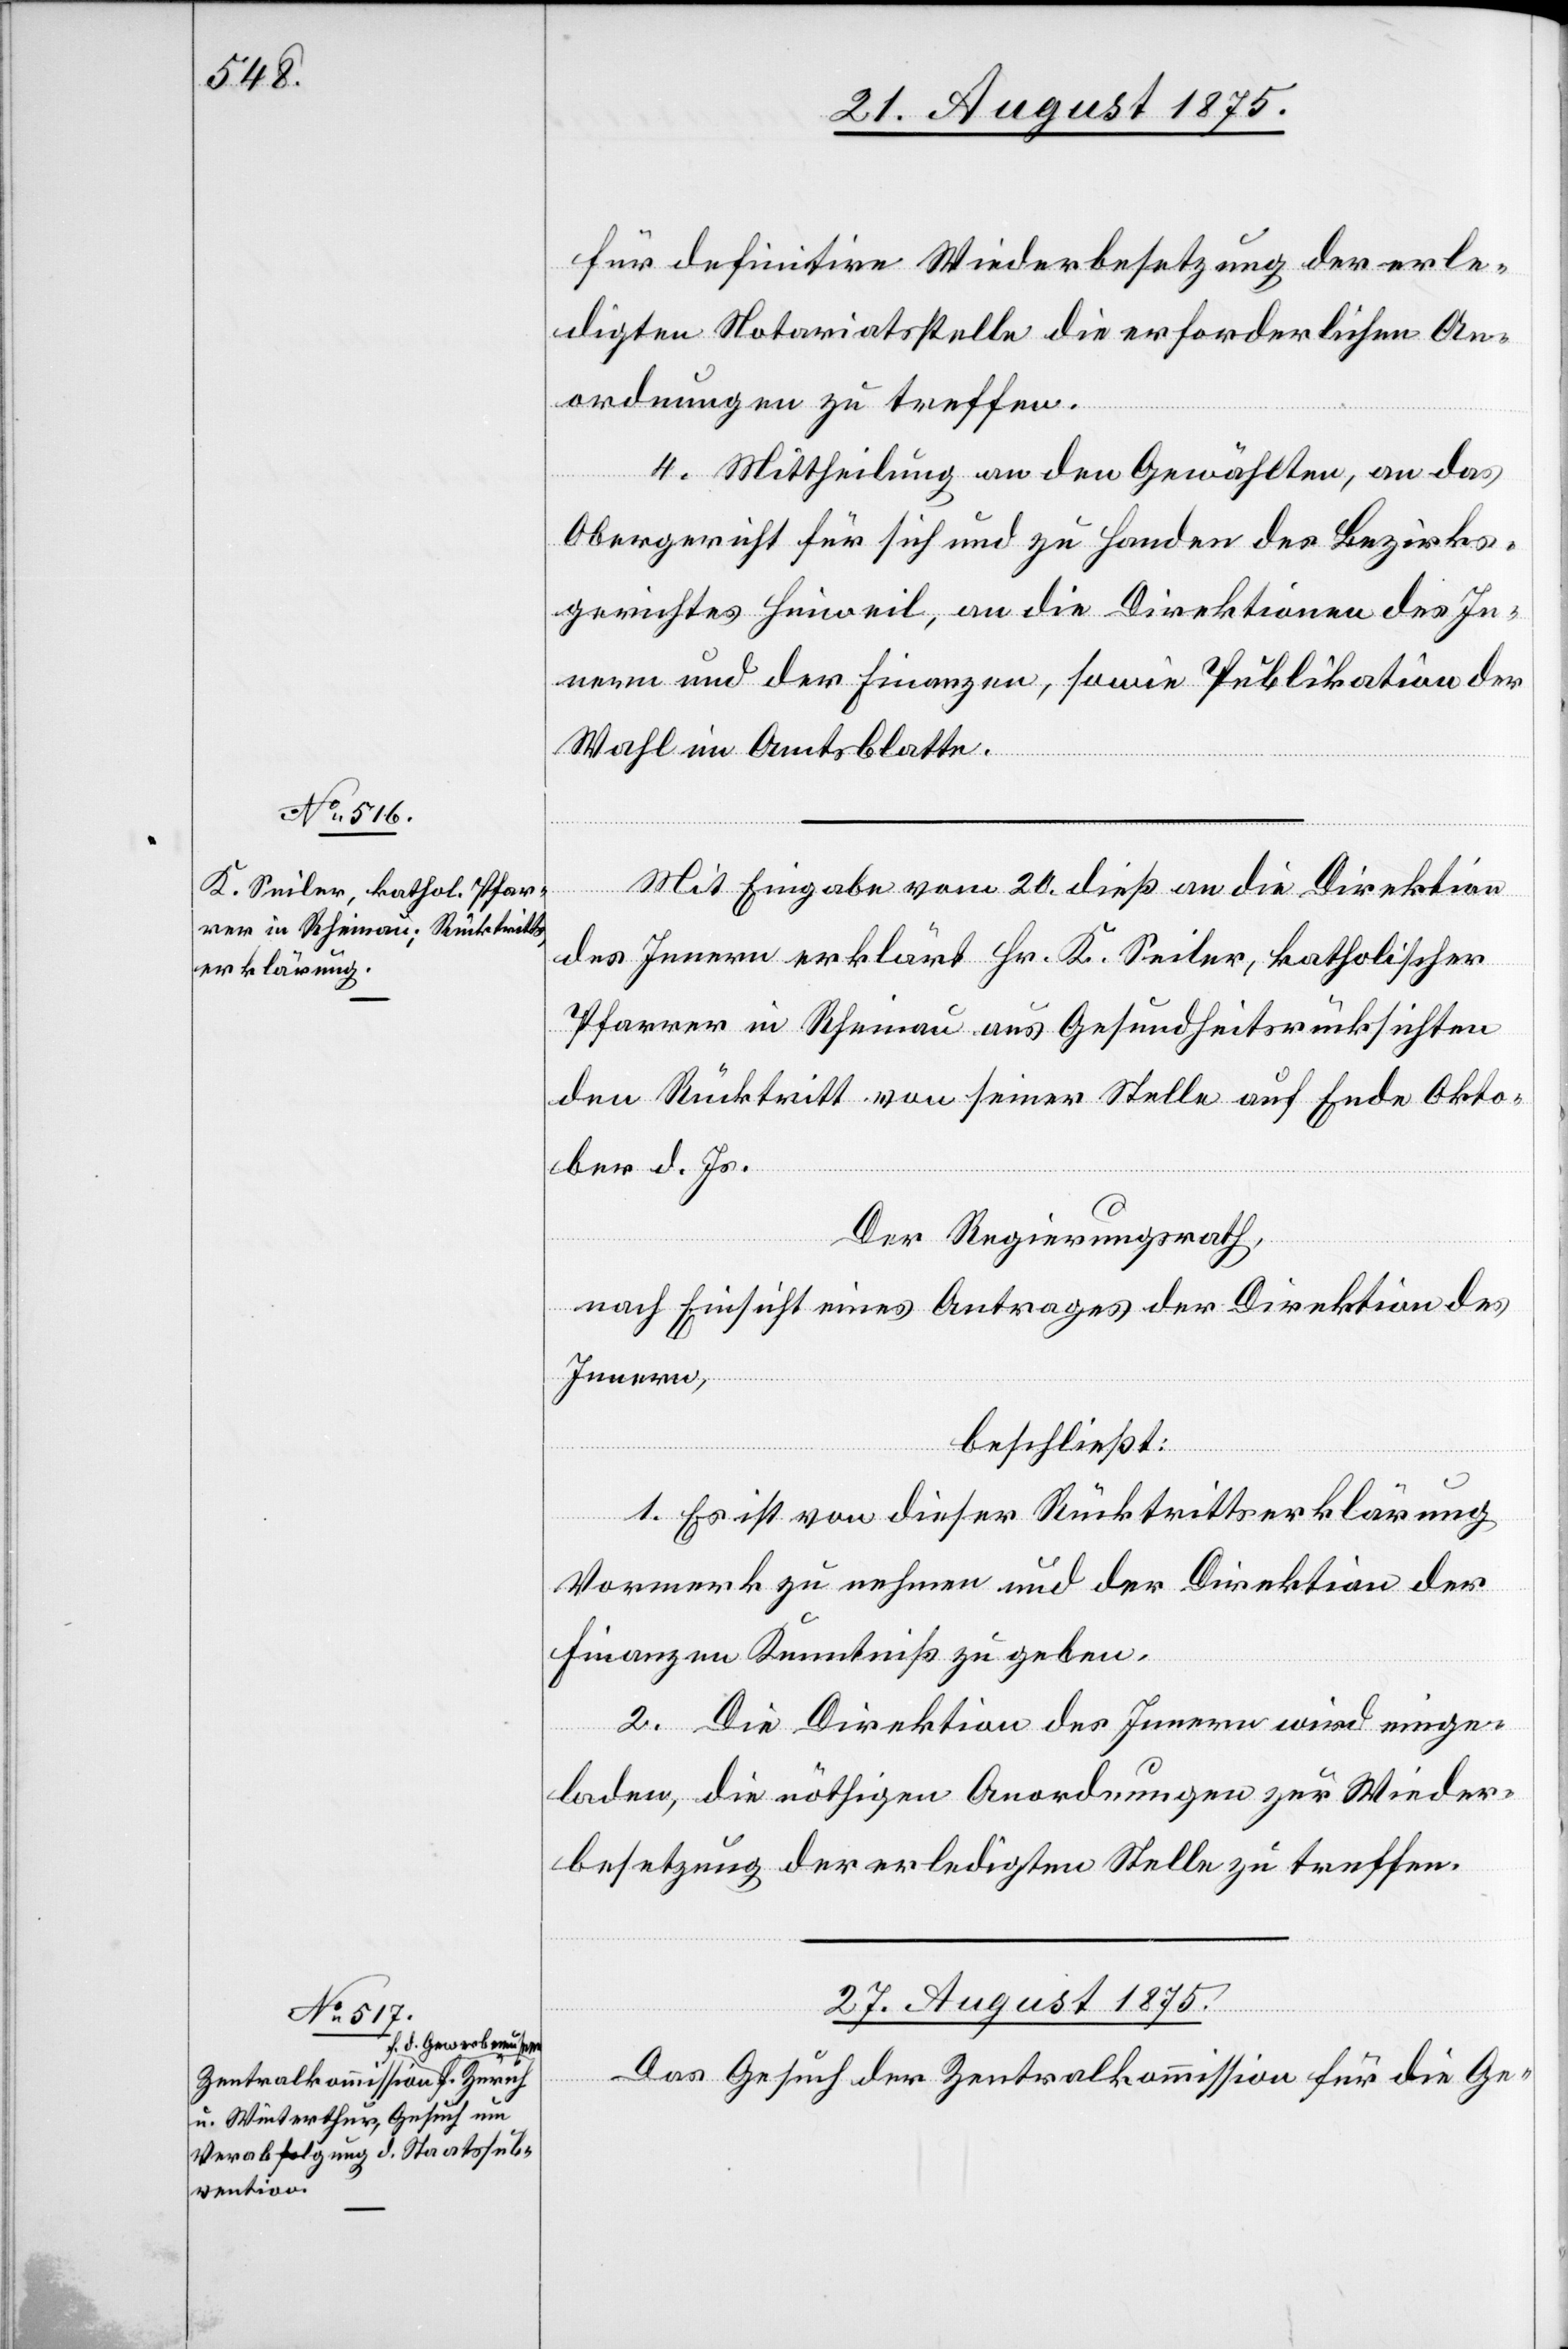
für definitive Wiederbesetzung der erle¬
digten Notariatsstelle die erforderlichen An¬
ordnungen zu treffen.
4. Mittheilung an den Gewählten, an das
Obergericht für sich und zu Handen des Bezirks¬
gerichtes Hinweil, an die Direktionen des In¬
nern und der Finanzen, sowie Publikation der
Wahl im Amtsblatte.
Mit Eingabe vom 20. dieß an die Direktion
des Innern erklärt Hr. K. Seiler, katholischer
Pfarrer in Rheinau aus Gesundheitsrücksichten
den Rücktritt von seiner Stelle auf Ende Okto¬
ber d. Js.
Der Regierungsrath,
nach Einsicht eines Antrages der Direktion des
Innern,
beschließt:
1. Es ist von dieser Rücktrittserklärung
Vormerk zu nehmen und der Direktion der
Finanzen Kenntniß zu geben.
2. Die Direktion des Innern wird einge¬
laden, die nöthigen Anordnungen zur Wieder¬
besetzung der erledigten Stelle zu treffen.
27. August 1875.
Das Gesuch der Zentralkommission für die Ge-